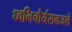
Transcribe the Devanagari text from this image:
ध्वनिचौर्यसमजले